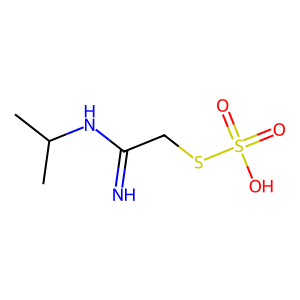
SMILES: CC(C)NC(=N)CSS(=O)(=O)O
Inhibits HIV replication: No